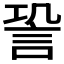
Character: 𧦬